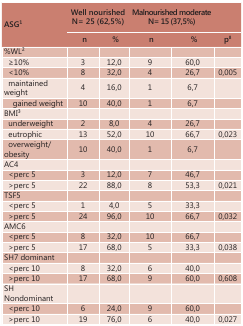
<table><thead><tr><td rowspan="3"><b>ASG<sup>1</sup></b></td><td colspan="2"><b>Wellnourished</b></td><td colspan="2"><b>Malnourished moderate</b></td><td rowspan="2"><b> </b></td></tr><tr><td colspan="2"><b>N= 25 (62,5%)</b></td><td colspan="2"><b>N= 15 (37,5%)</b></td></tr><tr><td><b>n</b></td><td><b>%</b></td><td><b>n</b></td><td><b>%</b></td><td><b>p<sup>8</sup></b></td></tr></thead><tbody><tr><td>%WL<sup>2</sup></td><td> </td><td> </td><td> </td><td> </td><td> </td></tr><tr><td>≥10%</td><td>3</td><td>12,0</td><td>9</td><td>60,0</td><td> </td></tr><tr><td>&lt;10%</td><td>8</td><td>32,0</td><td>4</td><td>26,7</td><td>0,005</td></tr><tr><td>maintained weight</td><td>4</td><td>16,0</td><td>1</td><td>6,7</td><td> </td></tr><tr><td>gained weight</td><td>10</td><td>40,0</td><td>1</td><td>6,7</td><td> </td></tr><tr><td>BMI<sup>3</sup></td><td> </td><td> </td><td> </td><td> </td><td> </td></tr><tr><td>underweight</td><td>2</td><td>8,0</td><td>4</td><td>26,7</td><td> </td></tr><tr><td>eutrophic</td><td>13</td><td>52,0</td><td>10</td><td>66,7</td><td>0,023</td></tr><tr><td>overweight/obesity</td><td>10</td><td>40,0</td><td>1</td><td>6,7</td><td> </td></tr><tr><td>AC4</td><td> </td><td> </td><td> </td><td> </td><td> </td></tr><tr><td>&lt;perc 5</td><td>3</td><td>12,0</td><td>7</td><td>46,7</td><td> </td></tr><tr><td>&gt;perc 5</td><td>22</td><td>88,0</td><td>8</td><td>53,3</td><td>0,021</td></tr><tr><td>TSF5</td><td> </td><td> </td><td> </td><td> </td><td> </td></tr><tr><td>&lt;perc 5</td><td>1</td><td>4,0</td><td>5</td><td>33,3</td><td> </td></tr><tr><td>&gt;perc 5</td><td>24</td><td>96,0</td><td>10</td><td>66,7</td><td>0,032</td></tr><tr><td>AMC6</td><td> </td><td> </td><td> </td><td> </td><td> </td></tr><tr><td>&lt;perc 5</td><td>8</td><td>32,0</td><td>10</td><td>66,7</td><td> </td></tr><tr><td>&gt;perc 5</td><td>17</td><td>68,0</td><td>5</td><td>33,3</td><td>0,038</td></tr><tr><td>SH7 dominant</td><td> </td><td> </td><td> </td><td> </td><td> </td></tr><tr><td>&lt;perc 10</td><td>8</td><td>32,0</td><td>6</td><td>40,0</td><td> </td></tr><tr><td>&gt;perc 10</td><td>17</td><td>68,0</td><td>9</td><td>60,0</td><td>0,608</td></tr><tr><td>SH Nondominant</td><td> </td><td> </td><td> </td><td> </td><td> </td></tr><tr><td>&lt;perc 10</td><td>6</td><td>24,0</td><td>9</td><td>60,0</td><td> </td></tr><tr><td>&gt;perc 10</td><td>19</td><td>76,0</td><td>6</td><td>40,0</td><td>0,027</td></tr></tbody></table>